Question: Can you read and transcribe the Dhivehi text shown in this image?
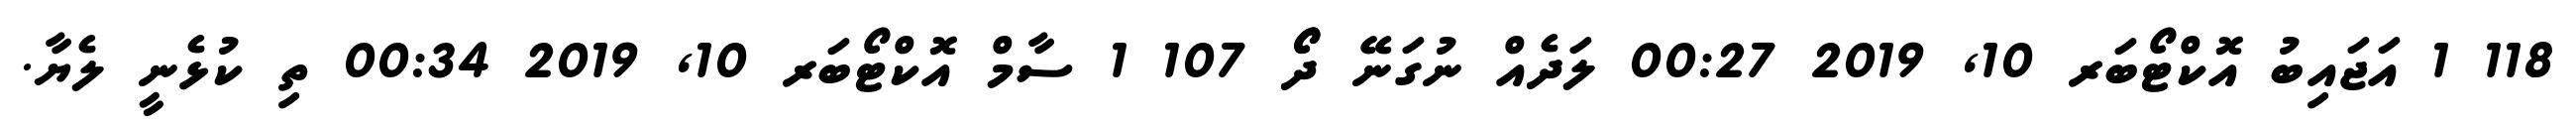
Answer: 118 1 އަޖައިބު އޮކްޓޯބަރ 10, 2019 00:27 ލަދެއް ނުގަނޭ ދޯޯ 107 1 ސާމް އޮކްޓޯބަރ 10, 2019 00:34 ތި ކުޅެނީ ލެޔާ.